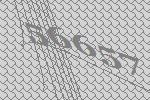
56657